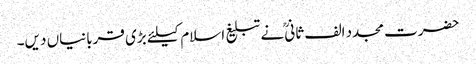
حضرت مجدد الف ثانیؒ نے تبلیغ اسلام کیلئے بڑی قربانیاں دیں۔